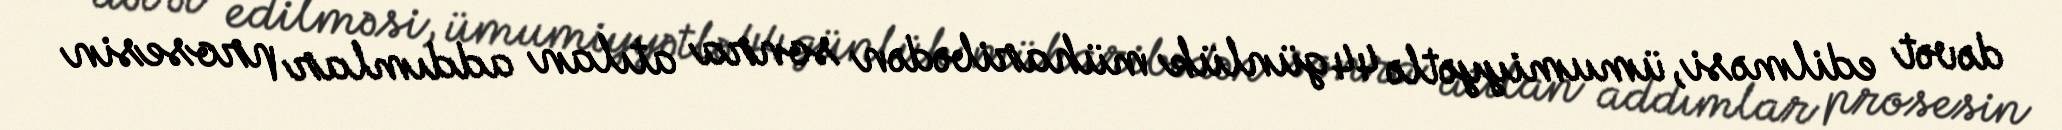
dəvət edilməsi, ümumiyyətlə 44 günlük müharibədən sonra atılan addımlar prosesin